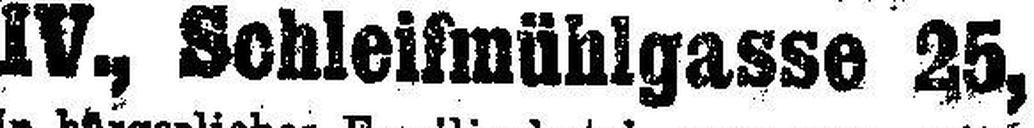
IV., Schleifmühlgasse 25,